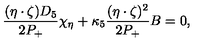
\frac { ( \eta \cdot \zeta ) D _ { 5 } } { 2 P _ { + } } \chi _ { \eta } + \kappa _ { 5 } \frac { ( \eta \cdot \zeta ) ^ { 2 } } { 2 P _ { + } } B = 0 ,